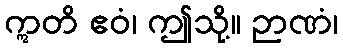
ဣတိ ဧဝံ၊ ဤသို့။ ဉာဏံ၊